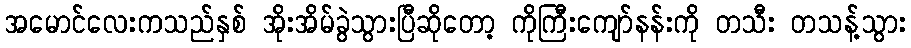
အမောင်လေးကသည်နှစ် အိုးအိမ်ခွဲသွားပြီဆိုတော့ ကိုကြီးကျော်နန်းကို တသီး တသန့်သွား